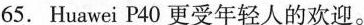
65. Huawei P40 更受年轻人的欢迎.。